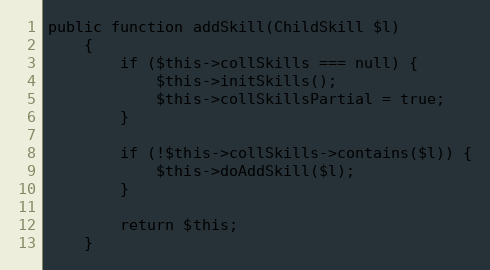
Language: PHP
public function addSkill(ChildSkill $l)
    {
        if ($this->collSkills === null) {
            $this->initSkills();
            $this->collSkillsPartial = true;
        }

        if (!$this->collSkills->contains($l)) {
            $this->doAddSkill($l);
        }

        return $this;
    }